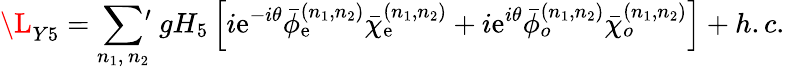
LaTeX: {\L_{Y5}}=\sum_{n_{1},\, n_{2}}\, \! \! \! ^{\prime}\ gH_{5}\left[i\mathrm{e}^{-i\theta}{\bar{{\phi}}}_{\mathrm{e}}^{(n_{1},n_{2})}{\bar{{\chi}}}_{\mathrm{e}}^{(n_{1},n_{2})}+i\mathrm{e}^{i\theta}{\bar{{\phi}}}_{o}^{(n_{1},n_{2})}{\bar{{\chi}}}_{o}^{(n_{1},n_{2})}\right]+h.c.